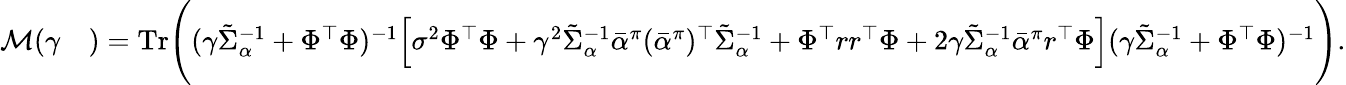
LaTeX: \begin{array}{rl}{\mathcal{M}(\gamma}&{)=\mathrm{Tr}\Bigg((\gamma\tilde{\Sigma}_{\alpha}^{-1}+\Phi^{\top}\Phi)^{-1}\Big[\sigma^{2}\Phi^{\top}\Phi+\gamma^{2}\tilde{\Sigma}_{\alpha}^{-1}\bar{\alpha}^{\pi}(\bar{\alpha}^{\pi})^{\top}\tilde{\Sigma}_{\alpha}^{-1}+\Phi^{\top}rr^{\top}\Phi+2\gamma\tilde{\Sigma}_{\alpha}^{-1}\bar{\alpha}^{\pi}r^{\top}\Phi\Big](\gamma\tilde{\Sigma}_{\alpha}^{-1}+\Phi^{\top}\Phi)^{-1}\Bigg).}\end{array}